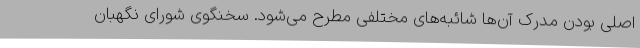
اصلی بودن مدرک آن‌ها شائبه‌های مختلفی مطرح می‌شود. سخنگوی شورای نگهبان